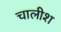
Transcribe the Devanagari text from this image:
चालीश